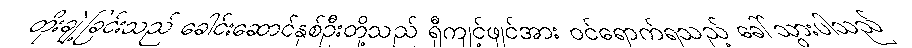
တိုးချဲ့ခြင်းသည် ခေါင်းဆောင်နှစ်ဦးတို့သည် ရှီကျင့်ဖျင်အား ဝင်ရောက်ရသည့် ခေါ်သွားပါသည်